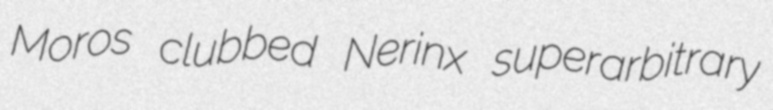
Moros clubbed Nerinx superarbitrary